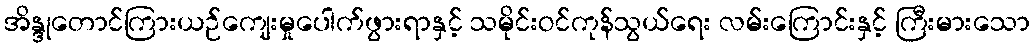
အိန္ဒုတောင်ကြားယဉ်ကျေးမှုပေါက်ဖွားရာနှင့် သမိုင်းဝင်ကုန်သွယ်ရေး လမ်းကြောင်းနှင့် ကြီးမားသော